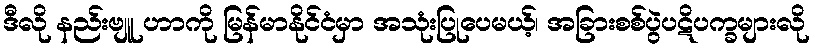
ဒီလို နည်းဗျူ ဟာကို မြန်မာနိုင်ငံမှာ အသုံးပြုပေမယ့်၊ အခြားစစ်ပွဲပဋိပက္ခများလို